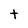
Character: t